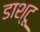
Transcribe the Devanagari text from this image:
डाश्टू